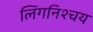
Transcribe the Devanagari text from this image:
लिंगनिश्चय